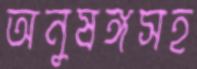
অনুষঙ্গসহ